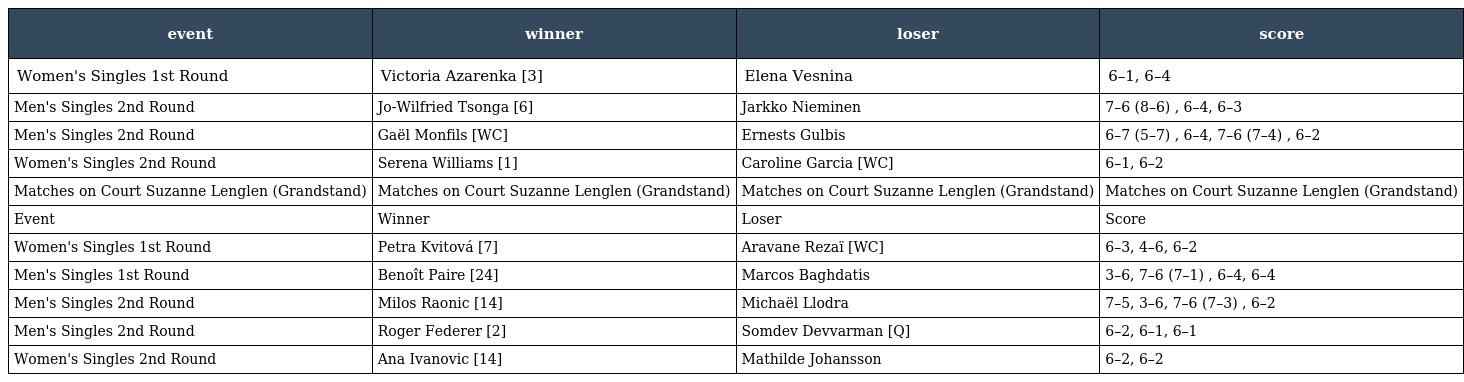
| event | winner | loser | score |
 | --- | --- | --- | --- |
 | Women's Singles 1st Round | Victoria Azarenka [3] | Elena Vesnina | 6–1, 6–4 |
 | Men's Singles 2nd Round | Jo-Wilfried Tsonga [6] | Jarkko Nieminen | 7–6 (8–6) , 6–4, 6–3 |
 | Men's Singles 2nd Round | Gaël Monfils [WC] | Ernests Gulbis | 6–7 (5–7) , 6–4, 7–6 (7–4) , 6–2 |
 | Women's Singles 2nd Round | Serena Williams [1] | Caroline Garcia [WC] | 6–1, 6–2 |
 | Matches on Court Suzanne Lenglen (Grandstand) | Matches on Court Suzanne Lenglen (Grandstand) | Matches on Court Suzanne Lenglen (Grandstand) | Matches on Court Suzanne Lenglen (Grandstand) |
 | Event | Winner | Loser | Score |
 | Women's Singles 1st Round | Petra Kvitová [7] | Aravane Rezaï [WC] | 6–3, 4–6, 6–2 |
 | Men's Singles 1st Round | Benoît Paire [24] | Marcos Baghdatis | 3–6, 7–6 (7–1) , 6–4, 6–4 |
 | Men's Singles 2nd Round | Milos Raonic [14] | Michaël Llodra | 7–5, 3–6, 7–6 (7–3) , 6–2 |
 | Men's Singles 2nd Round | Roger Federer [2] | Somdev Devvarman [Q] | 6–2, 6–1, 6–1 |
 | Women's Singles 2nd Round | Ana Ivanovic [14] | Mathilde Johansson | 6–2, 6–2 |